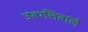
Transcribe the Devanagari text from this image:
उत्पत्तिवाले